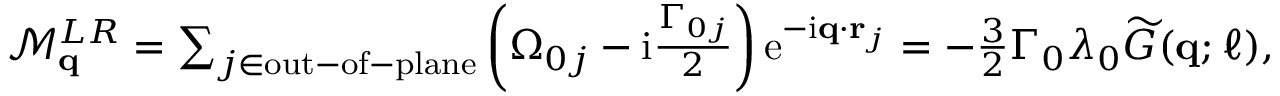
\begin{array} { r } { \mathcal { M } _ { \mathbf { q } } ^ { L R } = \sum _ { j \in \mathrm { o u t - o f - p l a n e } } \left( \Omega _ { 0 j } - \mathrm { i } \frac { \Gamma _ { 0 j } } { 2 } \right) \mathrm { e } ^ { - \mathrm { i } \mathbf { q } \cdot \mathbf { r } _ { j } } = - \frac { 3 } { 2 } \Gamma _ { 0 } \lambda _ { 0 } \widetilde G ( \mathbf { q } ; \ell ) , } \end{array}